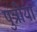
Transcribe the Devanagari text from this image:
पुत्रीयां